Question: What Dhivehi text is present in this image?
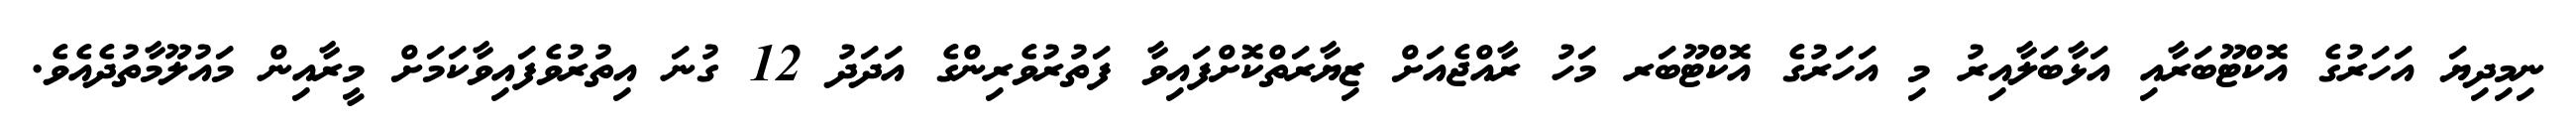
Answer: ނިމިދިޔަ އަހަރުގެ އޮކްޓޫބަރާއި އަޅާބަލާއިރު މި އަހަރުގެ އޮކްޓޫބަރ މަހު ރާއްޖެއަށް ޒިޔާރަތްކޮށްފައިވާ ފަތުރުވެރިންގެ އަދަދު 12 ގުނަ އިތުރުވެފައިވާކަމަށް މީރާއިން މައުލޫމާތުދެއެވެ.